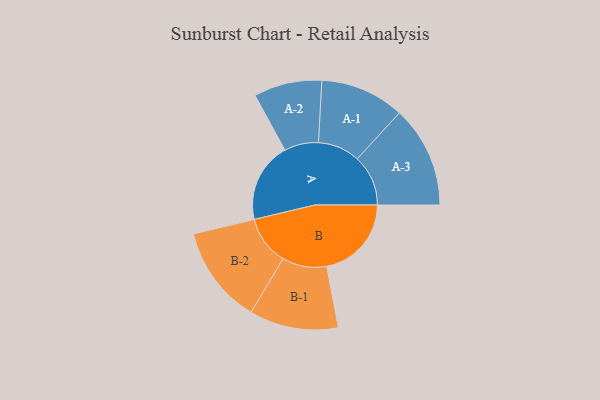
{"axis": {"x": "Segment", "y": "Value"}, "legend": ["", "A", "B"], "data": [{"x": "A", "y": 399, "type": ""}, {"x": "B", "y": 423, "type": ""}, {"x": "A-1", "y": 210, "type": "A"}, {"x": "A-2", "y": 170, "type": "A"}, {"x": "A-3", "y": 254, "type": "A"}, {"x": "B-1", "y": 222, "type": "B"}, {"x": "B-2", "y": 245, "type": "B"}]}